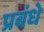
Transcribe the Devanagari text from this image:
प्रबंधे